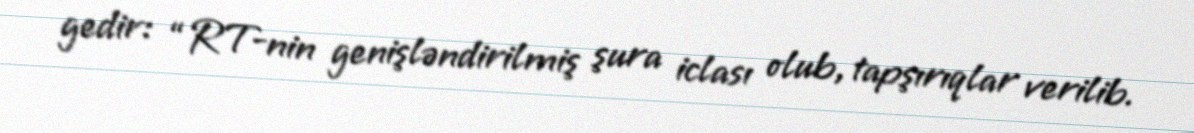
gedir: “RT-nin genişləndirilmiş şura iclası olub, tapşırıqlar verilib.